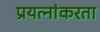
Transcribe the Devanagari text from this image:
प्रयत्नांकरता